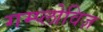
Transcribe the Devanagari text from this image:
गम्प्लोविज़